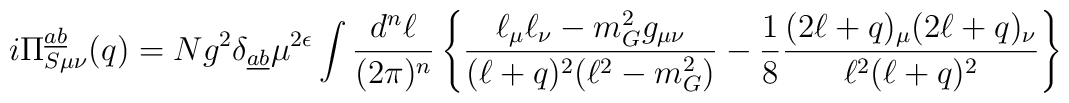
i \Pi^{\underline{a} \underline{b}}_{S \mu \nu} (q) = Ng^2\delta_{\underline{a} \underline{b}} \mu^{2\epsilon} \int \frac{d^n \ell}{(2\pi)^n}\left\{\frac{\ell_{\mu} \ell_{\nu} - m^2_G g_{\mu \nu}}{(\ell + q)^2 (\ell^2 -m^2_G)} - \frac{1}{8} \frac{(2 \ell + q)_{\mu} (2 \ell + q)_{\nu}}{\ell^2 (\ell + q)^2}\right\}